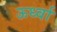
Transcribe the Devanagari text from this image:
ऊर्ध्वा